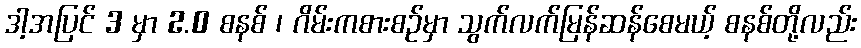
ဒါ့အပြင် 3 မှာ 2.0 စနစ် ၊ ဂိမ်းကစားစဉ်မှာ သွက်လက်မြန်ဆန်စေမယ့် စနစ်တို့လည်း